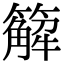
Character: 䉏